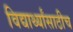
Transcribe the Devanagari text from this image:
विद्यार्थ्यांसाठीच